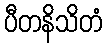
ပီတနိသိတံ